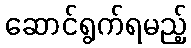
ဆောင်ရွက်ရမည့်